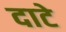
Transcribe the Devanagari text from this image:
दाटे